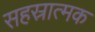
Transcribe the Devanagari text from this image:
सहस्रात्मक